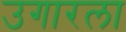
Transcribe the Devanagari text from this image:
उगारला